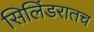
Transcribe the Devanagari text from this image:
सिलिंडरातच